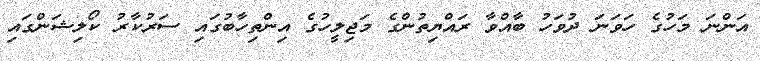
އަންނަ މަހުގެ ހަވަނަ ދުވަހު ބާއްވާ ރައްޔިތުންގެ މަޖިލީހުގެ އިންތިހާބުގައި ސަރުކާރު ކޯލިޝަންގައި